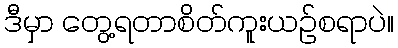
ဒီမှာ တွေ့ရတာစိတ်ကူးယဉ်စရာပဲ။